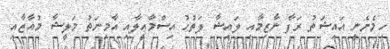
ހިމެނެނީ އައިޝަތު ރަފާ ނާޒިމާއި ލައިޝާ ފަތުޙު އިސްމާޢީލާއި އާމިނަތު މަލީޝާ މުއާޒާއި